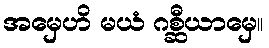
အမှေဟိ မယံ ဂစ္ဆီယာမှေ။